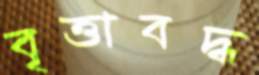
বৃত্তাবদ্ধ